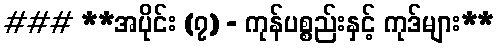
### **အပိုင်း (၇) - ကုန်ပစ္စည်းနှင့် ကုဒ်များ**